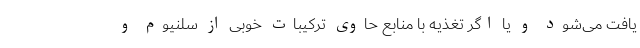
یافت می‌شود و یا اگر تغذیه با منابع حاوی ترکیبات خوبی از سلنیوم و